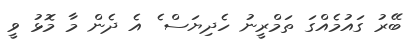
ބޭރު ގައުމެއްގަ ތަމްރީނު ހެދިޔަސް ެ އެ ދެން މާ މޮޅު ވީ